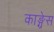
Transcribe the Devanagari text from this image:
काङ्ग्रेस